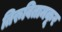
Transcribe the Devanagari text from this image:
तिरुवितामकूर